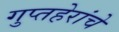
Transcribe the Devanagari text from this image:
गुप्तहेरांचे